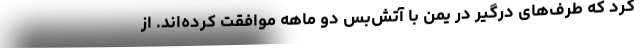
کرد که طرف‌های درگیر در یمن با آتش‌بس دو ماهه موافقت کرده‌اند. از